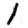
Digit: 1